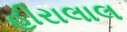
હીરાલાલ